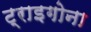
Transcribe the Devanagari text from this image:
ट्राइगोना